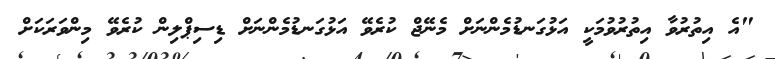
"އެ އިތުރުވާ އިތުރުވުމަކީ އަޅުގަނޑުމެންނަށް މެނޭޖް ކުރެވޭ އަޅުގަނޑުމެންނަށް ޑިސިޕްލިން ކުރެވޭ މިންވަރަކަށް